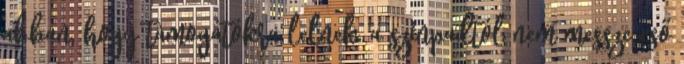
abban, hogy támogatókra lelnek, a színpadtól nem messze eső